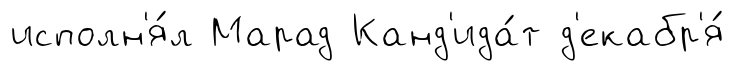
исполн'я́л Марад Канд'ида́т д'екабр'я́